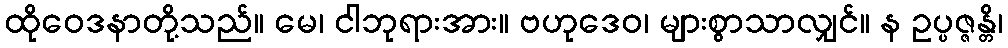
ထိုဝေဒနာတို့သည်။ မေ၊ ငါဘုရားအား။ ဗဟုဒေဝ၊ များစွာသာလျှင်။ န ဥပ္ပဇ္ဇန္တိ၊